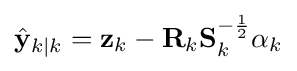
{\hat {\mathbf {y} }}_{k\mid k}=\mathbf {z} _{k}-\mathbf {R} _{k}\mathbf {S} _{k}^{-{\frac {1}{2}}}\alpha _{k}